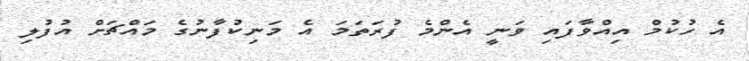
އެ ހުކުމް އިއްވާފައި ވަނީ އެންމެ ފުރަތަމަ އެ މަނިކުފާނުގެ މައްޗަށް އުފުލި